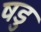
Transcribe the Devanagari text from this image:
षडु